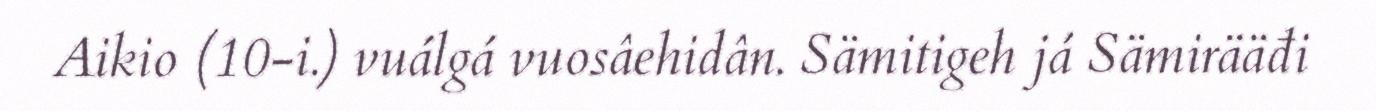
Aikio (10-i.) vuálgá vuosâehidân. Sämitigeh já Sämirääđi